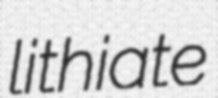
lithiate